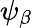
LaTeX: \psi_{\beta}